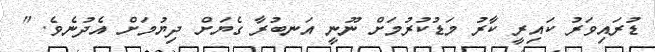
ޑުރައިވަރު ކައިރީ ކާރު މަޑުކުރުމަށް ނޫނީ އަނބުރާ ގެޔަށް ދިޔުމަށް އެދުނެވެ. "